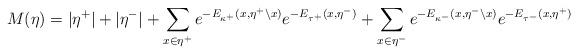
LaTeX: \begin{align*} M(\eta) = |\eta^+| + |\eta^-| + \sum \limits_{x \in \eta^+}e^{-E_{\kappa^+}(x, \eta^+ \backslash x)}e^{-E_{\tau^+}(x,\eta^-)} + \sum \limits_{x \in \eta^-}e^{-E_{\kappa^-}(x,\eta^- \backslash x)}e^{-E_{\tau^-}(x,\eta^+)}\end{align*}